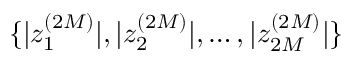
\{ | z _ { 1 } ^ { ( 2 M ) } | , | z _ { 2 } ^ { ( 2 M ) } | , \dots , | z _ { 2 M } ^ { ( 2 M ) } | \}